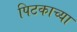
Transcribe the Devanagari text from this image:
पिटकाच्या